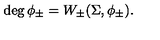
\deg \phi _ { \pm } = W _ { \pm } ( \Sigma , \phi _ { \pm } ) .